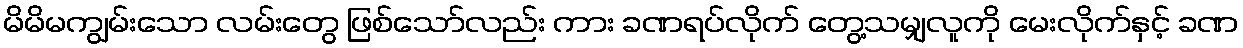
မိမိမကျွမ်းသော လမ်းတွေ ဖြစ်သော်လည်း ကား ခဏရပ်လိုက် တွေ့သမျှလူကို မေးလိုက်နှင့် ခဏ